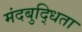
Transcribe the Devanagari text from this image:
मंदबुद्धिता